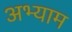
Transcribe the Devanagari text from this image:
अभ्याम